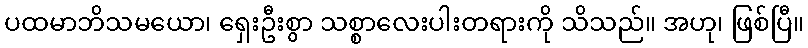
ပထမာဘိသမယော၊ ရှေးဦးစွာ သစ္စာလေးပါးတရားကို သိသည်။ အဟု၊ ဖြစ်ပြီ။